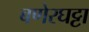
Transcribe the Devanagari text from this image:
बणेरघट्टा